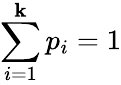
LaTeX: \sum_{i=1}^{\mathbf{k}}p_{i}=1